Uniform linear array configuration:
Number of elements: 12
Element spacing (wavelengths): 0.25
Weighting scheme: hamming
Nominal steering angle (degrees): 0
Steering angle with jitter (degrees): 1.053
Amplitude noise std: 0.05
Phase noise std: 0.05

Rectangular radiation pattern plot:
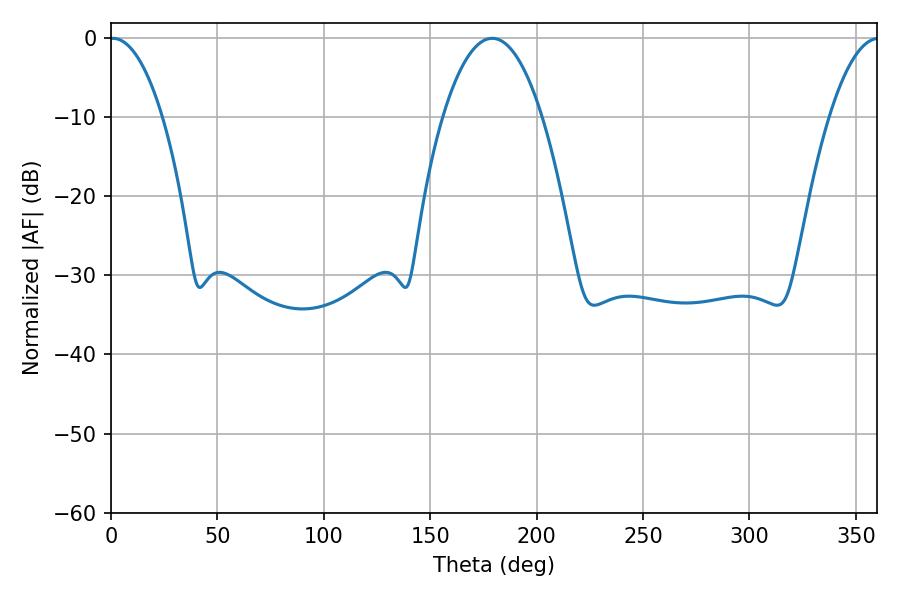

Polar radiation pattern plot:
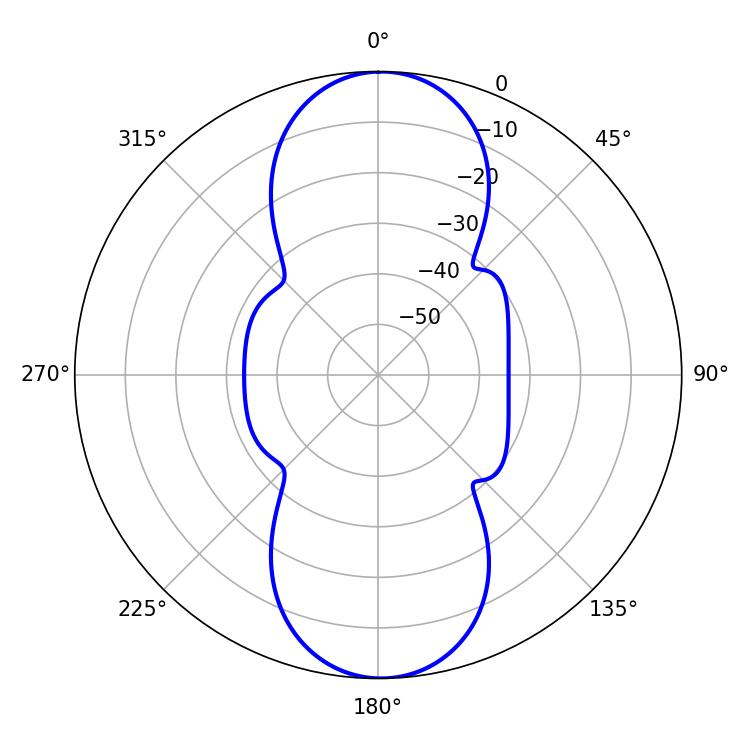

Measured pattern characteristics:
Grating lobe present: FALSE
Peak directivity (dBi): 21.734
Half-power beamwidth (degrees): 13.86
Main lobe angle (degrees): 0.9